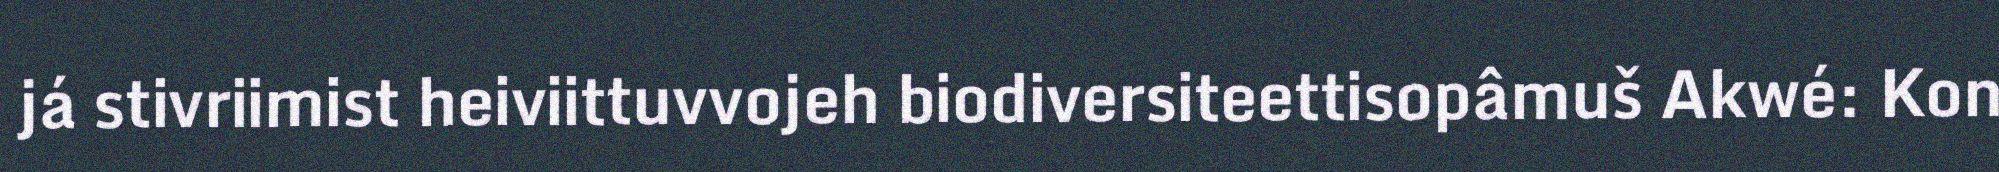
já stivriimist heiviittuvvojeh biodiversiteettisopâmuš Akwé: Kon